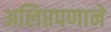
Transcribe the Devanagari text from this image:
अलिप्तपणाने